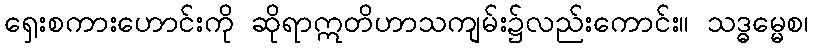
ရှေးစကားဟောင်းကို ဆိုရာဣတိဟာသကျမ်း၌လည်းကောင်း။ သဒ္ဓမ္မေစ၊